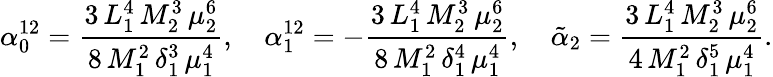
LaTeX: \alpha_{0}^{12}={\frac{3\, L_{1}^{4}\, M_{2}^{3}\, \mu_{2}^{6}}{8\, M_{1}^{2}\, \delta_{1}^{3}\, \mu_{1}^{4}}},\quad\alpha_{1}^{12}=-{\frac{3\, L_{1}^{4}\, M_{2}^{3}\, \mu_{2}^{6}}{8\, M_{1}^{2}\, \delta_{1}^{4}\, \mu_{1}^{4}}},\quad\tilde{\alpha}_{2}={\frac{3\, L_{1}^{4}\, M_{2}^{3}\, \mu_{2}^{6}}{4\, M_{1}^{2}\, \delta_{1}^{5}\, \mu_{1}^{4}}}.